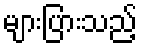
များပြားသည့်